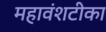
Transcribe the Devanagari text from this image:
महावंशटीका